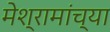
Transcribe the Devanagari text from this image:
मेश्रामांच्या